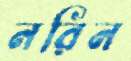
নরিন